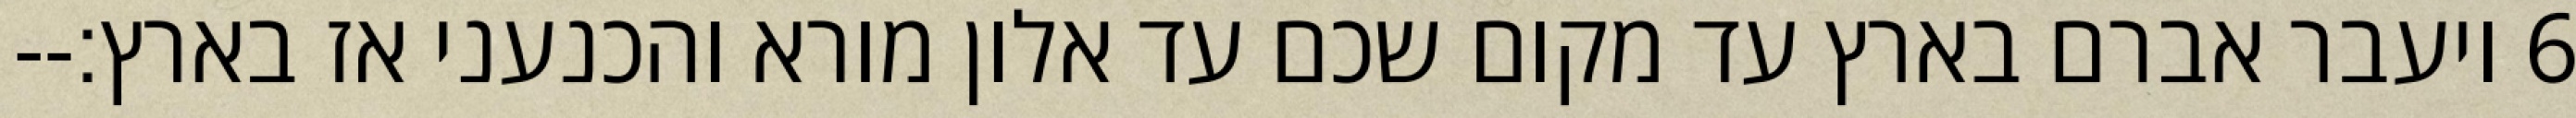
‎6‏ ויעבר אברם בארץ עד מקום שכם עד אלון מורא והכנעני אז בארץ׃--